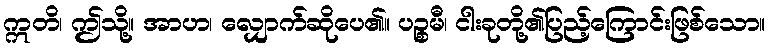
ဣတိ၊ ဤသို့။ အာဟ၊ လျှောက်ဆိုပေ၏။ ပဉ္စမီ၊ ငါးခုတို့၏ပြည့်ကြောင်းဖြစ်သော။